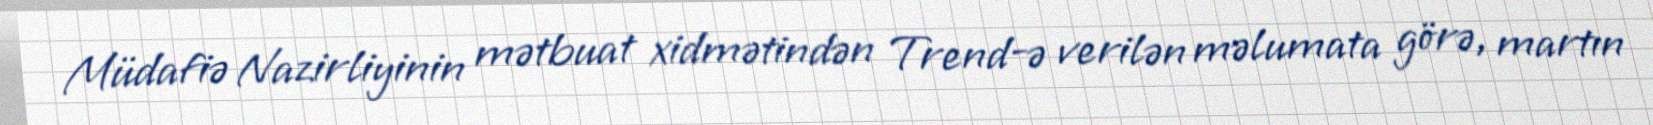
Müdafiə Nazirliyinin mətbuat xidmətindən Trend-ə verilən məlumata görə, martın